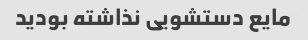
مایع دستشویی نذاشته بودید